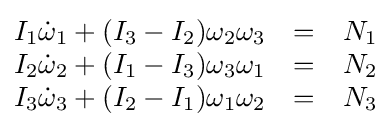
{\begin{matrix}I_{1}{\dot {\omega }}_{1}+(I_{3}-I_{2})\omega _{2}\omega _{3}&=&N_{1}\\I_{2}{\dot {\omega }}_{2}+(I_{1}-I_{3})\omega _{3}\omega _{1}&=&N_{2}\\I_{3}{\dot {\omega }}_{3}+(I_{2}-I_{1})\omega _{1}\omega _{2}&=&N_{3}\end{matrix}}